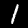
Label: 1